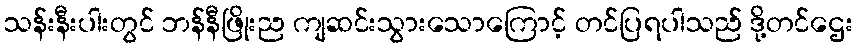
သန်းနီးပါးတွင် ဘန်နီဖြိုးည ကျဆင်းသွားသောကြောင့် တင်ပြရပါသည် ဒို့တင်ဌေး